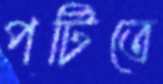
পর্টিতে